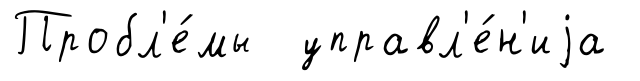
Пробл'е́мы управл'е́н'иjа